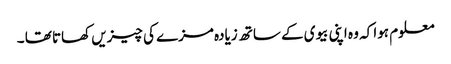
معلوم ہوا کہ وہ اپنی بیوی کے ساتھ زیادہ مزے کی چیزیں کھاتا تھا ۔